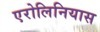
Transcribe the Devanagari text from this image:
एरोलिनियास